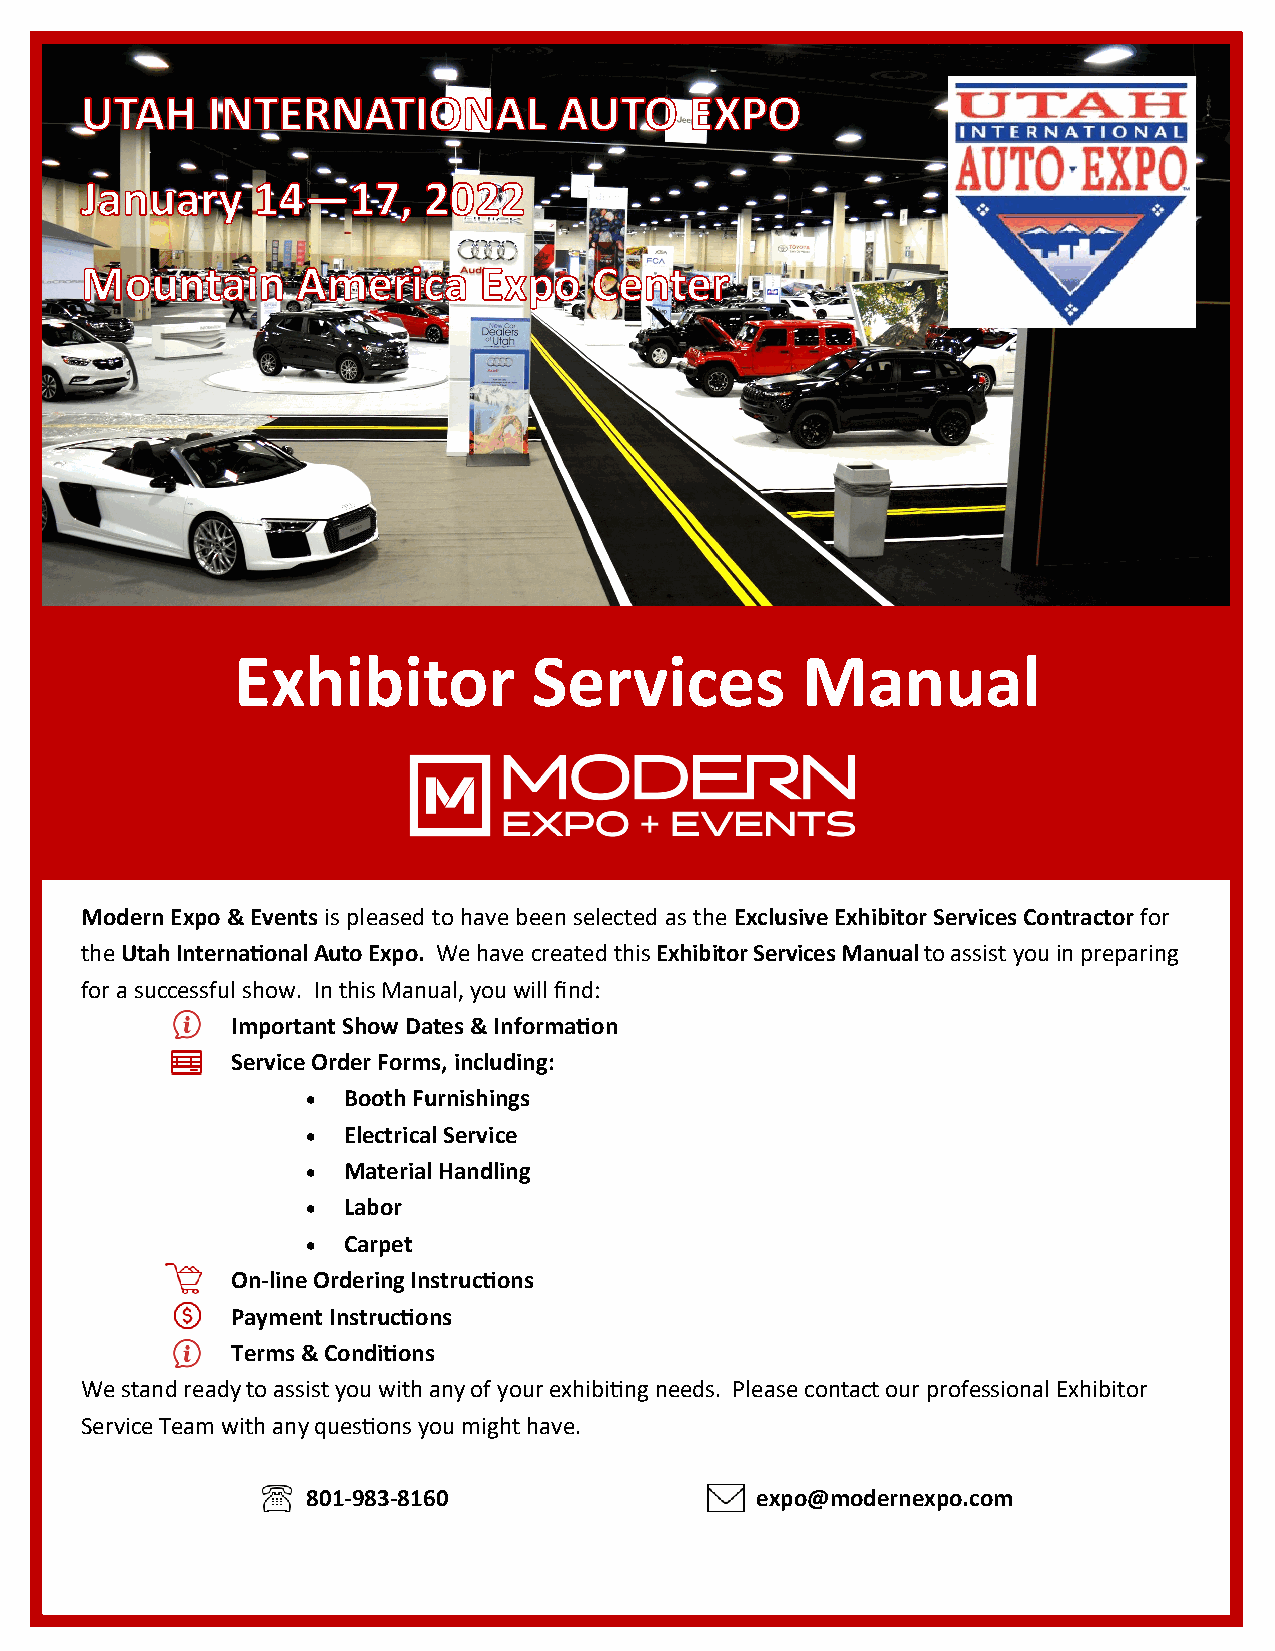
Utah International Auto Expo
 January 14—17, 2022
 Mountain America Expo Center
 Discount Order Deadline: December 17, 2022
 Exhibitor          Services          Manual
 Modern Expo & Events is pleased to have been selected as the Exclusive Exhibitor Services Contractor for
 the Utah International Auto Expo. We have created this Exhibitor Services Manual to assist you in preparing
 for a successful show. In this Manual, you will find:
 Important Show Dates & Information
 Service Order Forms, including:
   Booth Furnishings
   Electrical Service
   Material Handling
   Labor
   Carpet
 On-line Ordering Instructions
 Payment Instructions
 Terms & Conditions
 We stand ready to assist you with any of your exhibiting needs. Please contact our professional Exhibitor
 Service Team with any questions you might have.
 801-983-8160                  expo@modernexpo.com
 X2